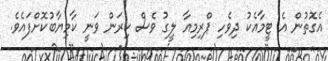
އެގޮތުން އެ ޓީމާއެކު ދިވެހި ޕްރިމިއާ ލީގު ވެސް ކިރަން ވަނީ ކާމިޔާބުކޮށްފައެވެ.